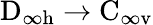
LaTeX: \mathrm{D}_{\infty\mathrm{h}}\to\mathrm{C}_{\infty\mathrm{v}}